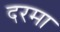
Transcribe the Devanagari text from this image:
दरमा